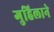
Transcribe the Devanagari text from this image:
गुहिलाने